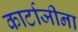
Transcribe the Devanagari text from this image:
कार्टाजीना